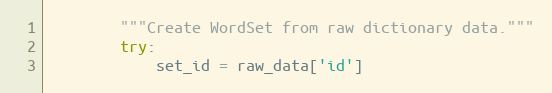
Language: Python
        """Create WordSet from raw dictionary data."""
        try:
            set_id = raw_data['id']